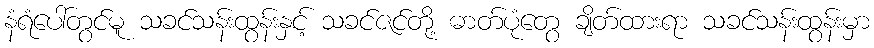
နံရံပေါ်တွင်မူ သခင်သန်းထွန်းနှင့် သခင်ဇင်တို့ ဓာတ်ပုံတွေ ချိတ်ထားရာ သခင်သန်းထွန်းမှာ